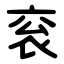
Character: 衮